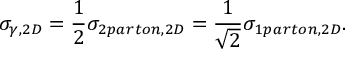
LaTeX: \sigma _ { \gamma , 2 D } = { \frac { 1 } { 2 } } \sigma _ { 2 p a r t o n , 2 D } = { \frac { 1 } { \sqrt { 2 } } } \sigma _ { 1 p a r t o n , 2 D } .